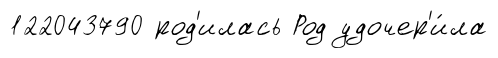
122043790 род'илась Род удочер'и́ла